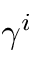
\gamma ^ { i }